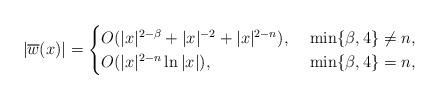
LaTeX: \begin{align*}|\overline{w}(x)|=\begin{cases}O(|x|^{2-\beta}+|x|^{-2}+|x|^{2-n}),&\ \min\{\beta,4\}\neq n,\\O(|x|^{2-n}\ln |x|),&\ \min\{\beta,4\}=n,\end{cases}\end{align*}